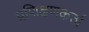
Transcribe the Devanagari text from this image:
प्रशिक्षणकर्ता